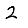
Digit: 2